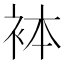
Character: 𧙄